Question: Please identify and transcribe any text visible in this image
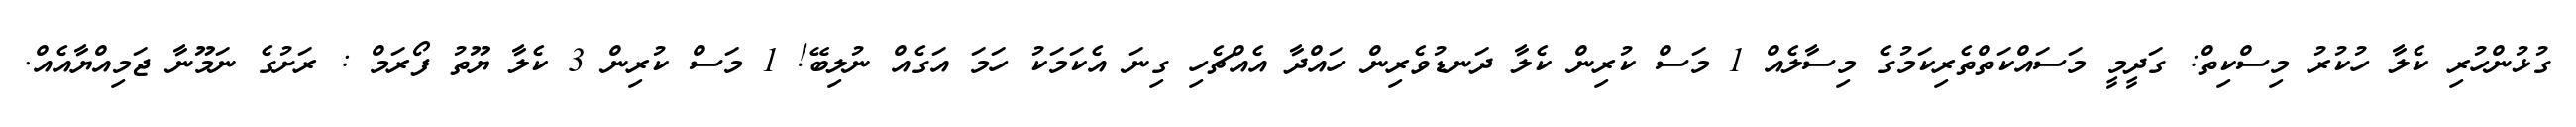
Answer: ގުޅުންހުރި ކެލާ ހުކުރު މިސްކިތް: ގަދީމީ މަސައްކަތްތެރިކަމުގެ މިސާލެއް 1 މަސް ކުރިން ކެލާ ދަނޑުވެރިން ހައްދާ އެއްޗެހި ގިނަ އެކަމަކު ހަމަ އަގެއް ނުލިބޭ! 1 މަސް ކުރިން 3 ކެލާ ޔޫތު ފޯރަމް : ރަށުގެ ނަމޫނާ ޖަމިއްޔާއެއް.